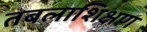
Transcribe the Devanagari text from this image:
तबलाशिक्षण